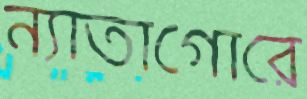
ন্যাতাগোরে